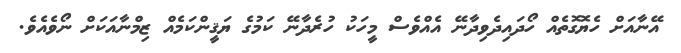
އޭނާއަށް ހެޔޮގޮތެއް ހޯދައިދެވިދާނޭ އެއްވެސް މީހަކު ހުރެދާނޭ ކަމުގެ ޔަޤީންކަމެއް ޒިމްނާއަކަށް ނޯވެއެވެ.